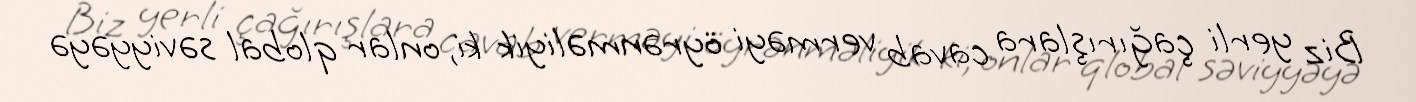
Biz yerli çağırışlara cavab verməyi öyrənməliyik ki, onlar qlobal səviyyəyə